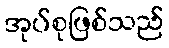
အုပ်စုဖြစ်သည်